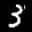
Label: 3